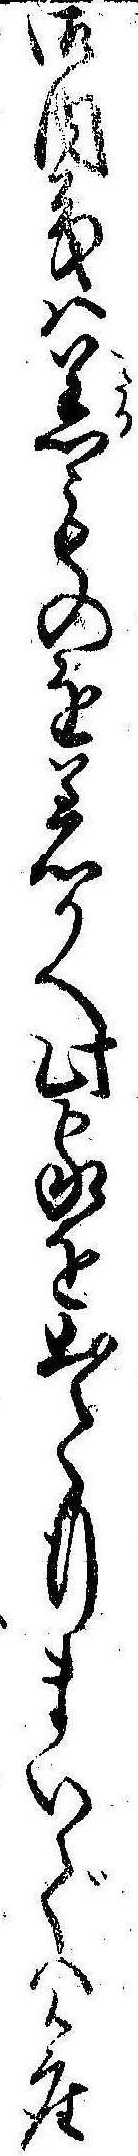
御内義は着ものを着かへ此家を出て行まいでは御座